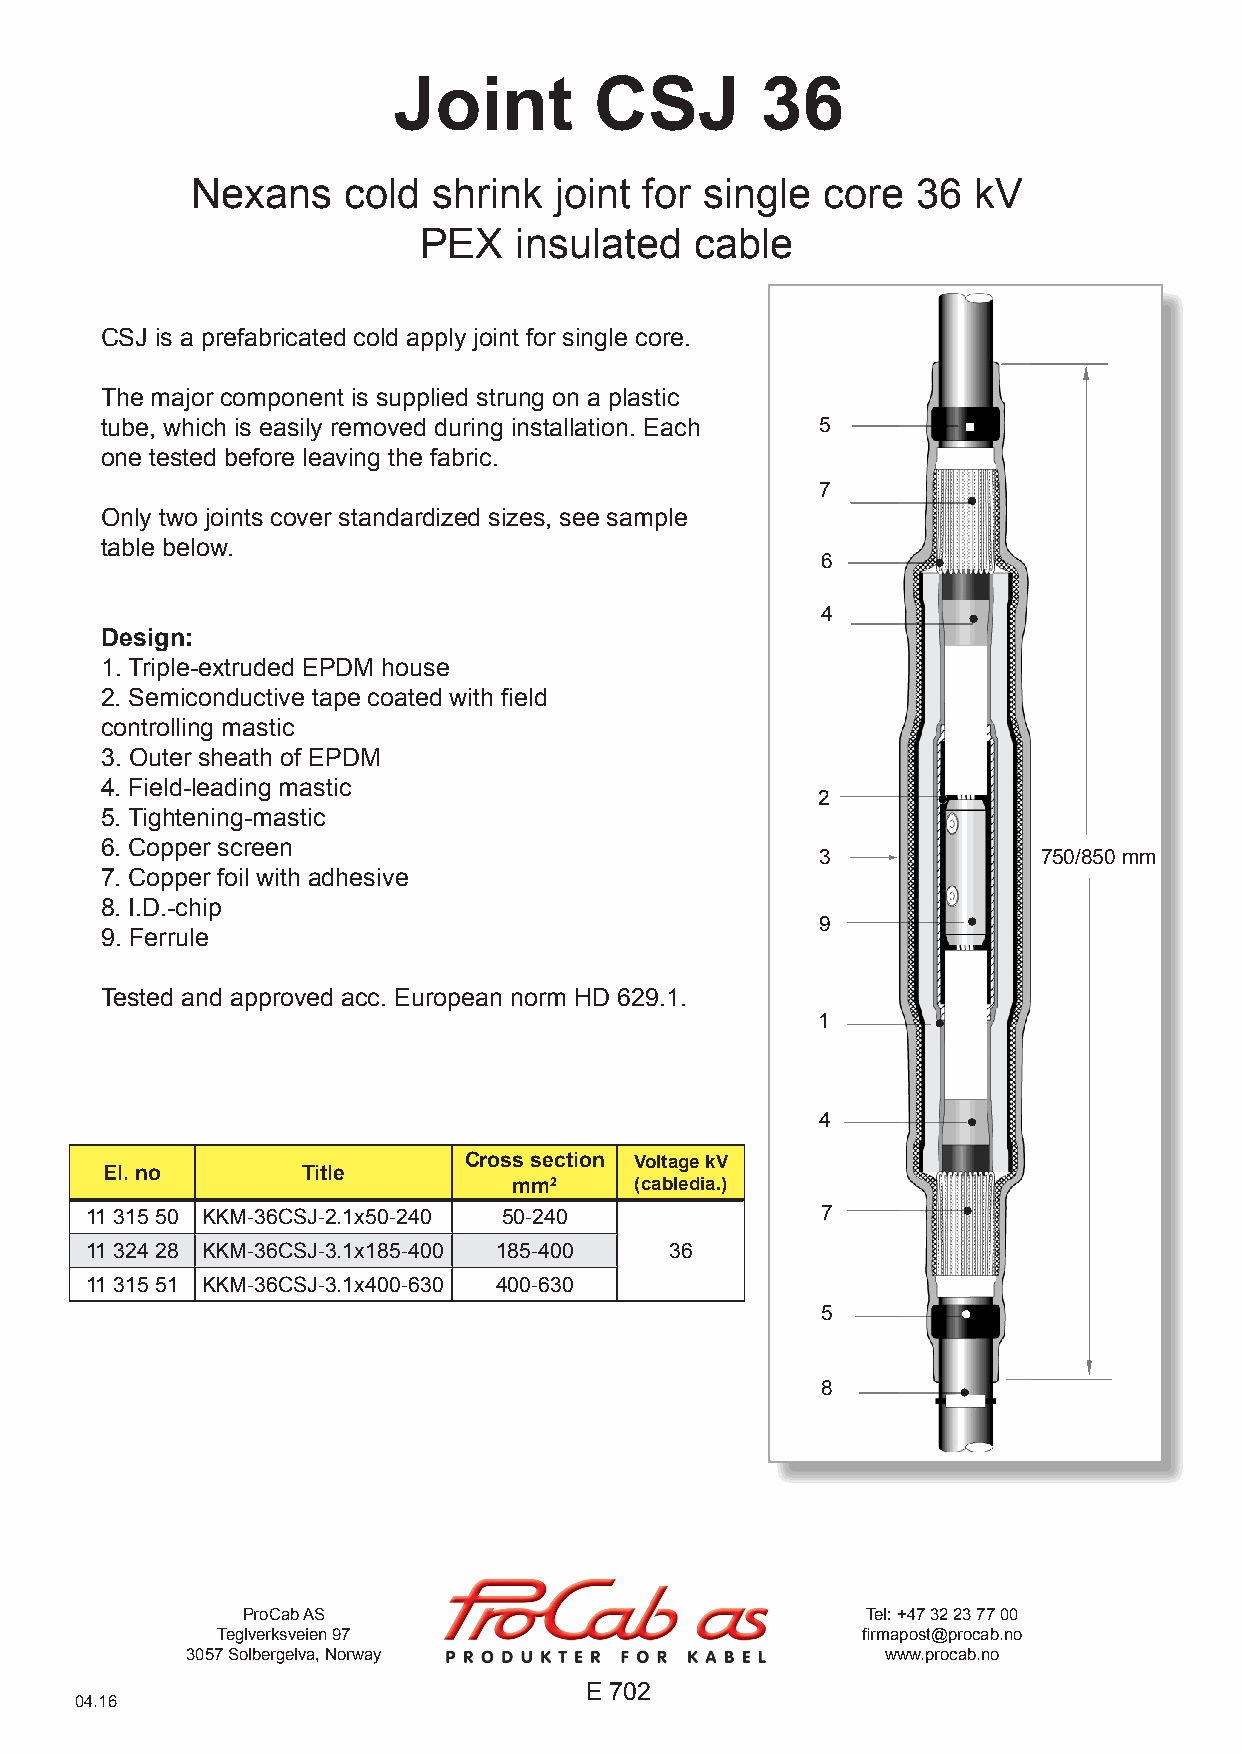
Joint        CSJ        36
 Nexans    cold  shrink  joint for single core   36 kV
 PEX   insulated   cable
 CSJ is a prefabricated cold apply joint for single core.
 .
 The major component is supplied strung on a plastic
 tube, which is easily removed during installation. Each 5
 one tested before leaving the fabric.                    .
 7
 Only two joints cover standardized sizes, see sample   .
 table below.
 6
 .
 4
 Design:
 1. Triple-extruded EPDM house
 2. Semiconductive tape coated with field
 controlling mastic
 3. Outer sheath of EPDM
 4. Field-leading mastic
 2
 5. Tightening-mastic
 6. Copper screen
 3              750/850 mm
 7. Copper foil with adhesive                             .
 8. I.D.-chip
 9
 9. Ferrule
 .
 Tested and approved acc. European norm HD 629.1.
 1
 .
 4
 El. no       Title      Cross section Voltage kV        .
 mm2     (cabledia.)
 11 315 50 KKM-36CSJ-2.1x50-240 50-240           7
 11 324 28 KKM-36CSJ-3.1x185-400 185-400 36
 .
 11 315 51 KKM-36CSJ-3.1x400-630 400-630
 5
 .
 8
 ProCab AS                                Tel: +47 32 23 77 00
 Teglverksveien 97                          firmapost@procab.no
 3057 Solbergelva, Norway                       www.procab.no
 E 702
 04.16